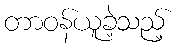
တာဝန်ယူခဲ့သည့်